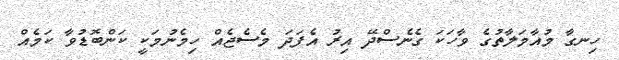
ހިނގާ މުއާމަލާތުގެ ވާހަކަ ގެނެސްދޭ އިރު އެފަދަ މެސެޖެއް ހިމެނުމަކީ ކަންބޮޑުވާ ކަމެއް